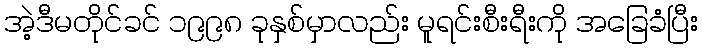
အဲ့ဒီမတိုင်ခင် ၁၉၉၈ ခုနှစ်မှာလည်း မူရင်းစီးရီးကို အခြေခံပြီး